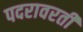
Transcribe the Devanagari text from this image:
पदरावरती